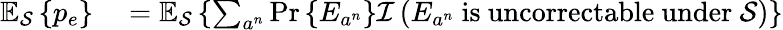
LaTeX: \begin{array}{rl}{\mathbb{E}_{\mathcal{S}}\left\{ p_{e}\right\} }&{{}=\mathbb{E}_{\mathcal{S}}\left\{ \sum_{a^{n}}\operatorname*{Pr}\left\{ E_{a^{n}}\right\} {\mathcal{I}}\left(E_{a^{n}}{\mathrm{~is~uncorrectable~under~}}{\mathcal{S}}\right)\right\} }\end{array}